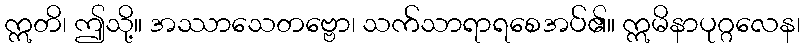
ဣတိ၊ ဤသို့။ အဿာသေတဗ္ဗော၊ သက်သာရာရစေအပ်၏။ ဣမိနာပုဂ္ဂလေန၊